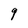
Character: q